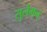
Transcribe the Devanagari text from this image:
सुलैमन्